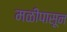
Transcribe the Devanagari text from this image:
मळीपासून